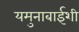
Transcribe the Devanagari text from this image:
यमुनाबाईशी